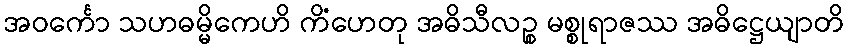
အဝင်္ကော သဟဓမ္မိကေဟိ ကိံဟေတု အဓိသီလဉ္စ မစ္စုရာဇဿ အဓိဋ္ဌေယျာတိ